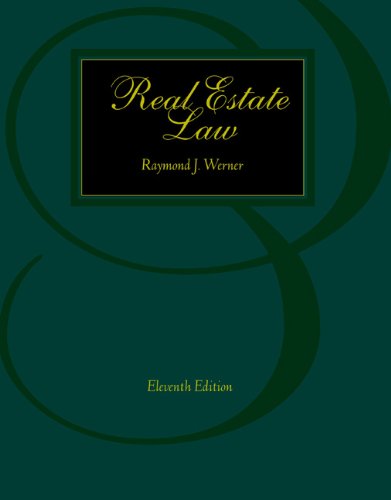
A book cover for REAL ESTATE LAW 11E; Raymond J. Werner; Business & Money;